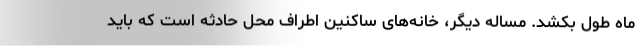
ماه طول بکشد. مساله دیگر، خانه‌های ساکنین اطراف محل حادثه است که باید